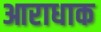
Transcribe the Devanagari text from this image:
आराधाक